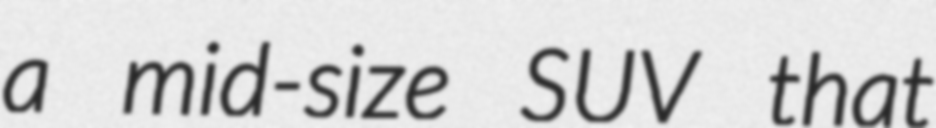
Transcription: a mid-size SUV that